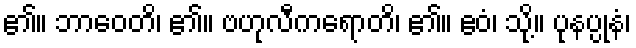
၏။ ဘာဝေတိ၊ ၏။ ဗဟုလီကရောတိ၊ ၏။ ဧဝံ၊ သို့။ ပုနပ္ပုနံ၊